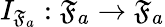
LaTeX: I_{\mathfrak{F}_{a}}:\mathfrak{F}_{a}\to\mathfrak{F}_{a}